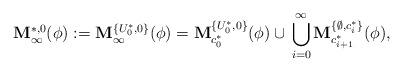
LaTeX: \begin{align*}\mathbf M^{*,0}_{\infty}(\phi):=\mathbf M^{\{U^*_0,0\}}_{\infty}(\phi)=\mathbf M^{\{U^*_0,0\}}_{c^*_{0}}(\phi)\cup\,\bigcup_{i=0}^{\infty} \mathbf M^{\{\emptyset,c^*_i\}}_{c^*_{i+1}}(\phi),\end{align*}